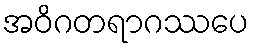
အဝိဂတရာဂဿပေ